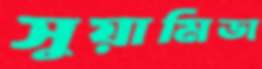
সুয়ামিডা